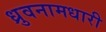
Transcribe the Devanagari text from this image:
ध्रुवनामधारी